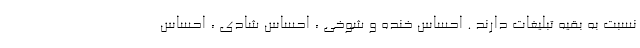
نسبت به بقیه تبلیغات دارند . احساس خنده و شوخی ، احساس شادی ، احساس